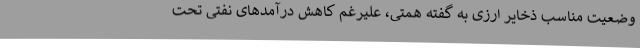
وضعیت مناسب ذخایر ارزی به گفته همتی، علیرغم کاهش درآمدهای نفتی تحت